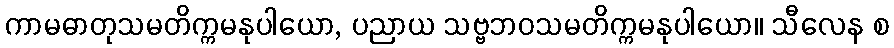
ကာမဓာတုသမတိက္ကမနုပါယော, ပညာယ သဗ္ဗဘဝသမတိက္ကမနုပါယော။ သီလေန စ